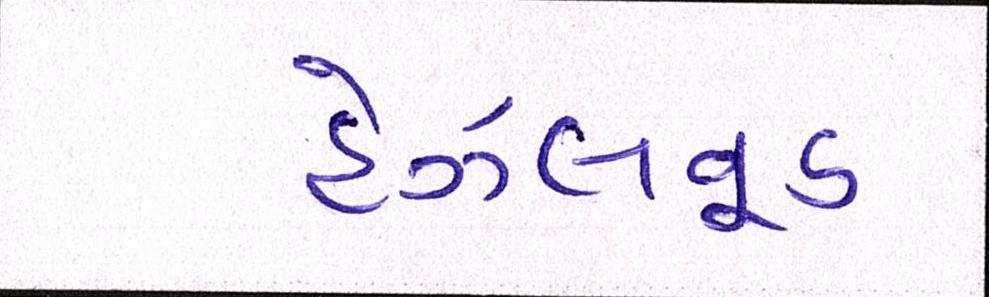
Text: હેઝલવૂડ